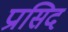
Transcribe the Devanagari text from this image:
प्रासिद